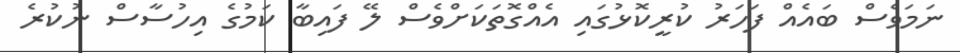
ނަމަވެސް ބައެއް ފަހަރު ކުރީކޮޅުގައި އެއްގޮތަކަށްވެސް ލޭ ފައިބާ ކަމުގެ އިހުސާސް ނުކުރެ